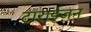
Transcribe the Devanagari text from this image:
टाराईज़न